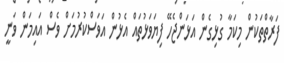
ފަރާތްތަކުން މިކަމާ ގުޅިގެން އަޅަންޖެހޭ ފިޔަވަޅުތައް އެޅުން އަވަސްކުރުމަށް ވެސް އައިމަން ވަނީ